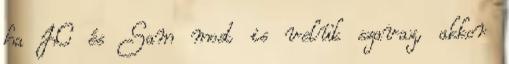
ha JC és Sam most is velük szavaz, akkor